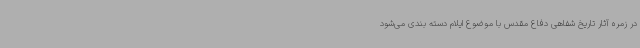
در زمره آثار تاریخ شفاهی دفاع مقدس با موضوع ایلام دسته بندی می‌شود